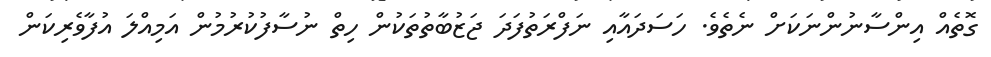
ގޮތެއް އިންސާނުންނަކަށް ނެތެވެ. ހަސަދައާއި ނަފްރަތުފަދަ ޖަޒުބާތުތަކުން ހިތް ނުސާފުކުރުމުން އަމިއްލަ އުފާވެރިކަން